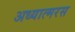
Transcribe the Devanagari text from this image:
अध्यात्मरस